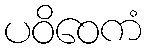
ပဝိဝေကံ